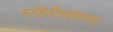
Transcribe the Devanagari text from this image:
माहितीहक्काच्या